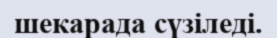
шекарада сүзіледі.